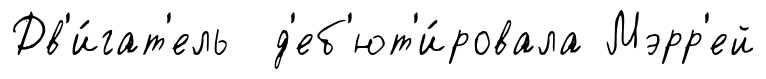
Дв'и́гат'ель д'еб'ют'и́ровала Мэрр'ей